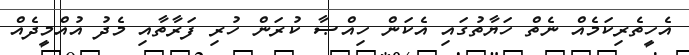
އެހީތެރިކަމެއް ނެތް ހަޔާތުގައި އެކަން ހިއްޞާ ކުރަން ހުރި ފަރާތާއި މެދު އުއްމީދެއް